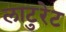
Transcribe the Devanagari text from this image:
लाटुरेट